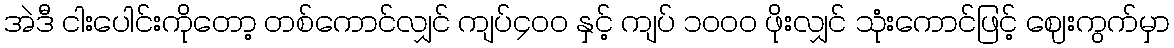
အဲဒီ ငါးပေါင်းကိုတော့ တစ်ကောင်လျှင် ကျပ်၄၀ဝ နှင့် ကျပ် ၁၀ဝ၀ ဖိုးလျှင် သုံးကောင်ဖြင့် ဈေးကွက်မှာ